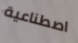
اصطناعية